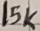
Text: 15K